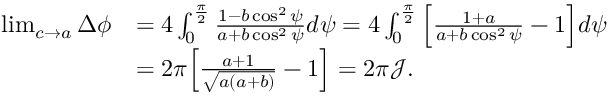
\begin{array} { r l } { \operatorname* { l i m } _ { c \rightarrow a } \Delta \phi } & { = 4 \int _ { 0 } ^ { \frac { \pi } { 2 } } \frac { 1 - b \cos ^ { 2 } \psi } { a + b \cos ^ { 2 } \psi } d \psi = 4 \int _ { 0 } ^ { \frac { \pi } { 2 } } \Big [ \frac { 1 + a } { a + b \cos ^ { 2 } \psi } - 1 \Big ] d \psi } \\ & { = 2 \pi \Big [ \frac { a + 1 } { \sqrt { a ( a + b ) } } - 1 \Big ] = 2 \pi \mathcal { J } . } \end{array}